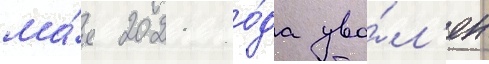
ма́я 2021 го́да уво́л'ен